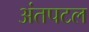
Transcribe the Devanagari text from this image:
अंतपटल